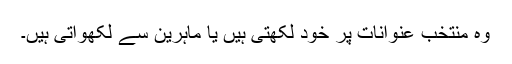
وہ منتخب عنوانات پر خود لکھتی ہیں یا ماہرین سے لکھواتی ہیں۔